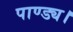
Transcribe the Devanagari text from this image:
पाण्ड्य।